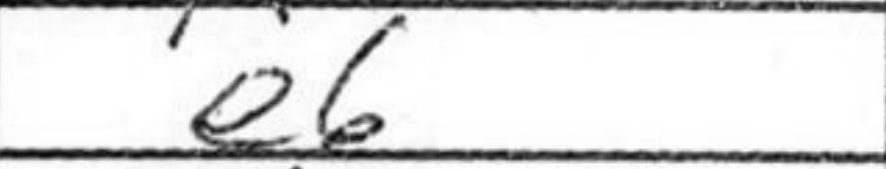
Transcription: e6